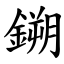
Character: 鎙